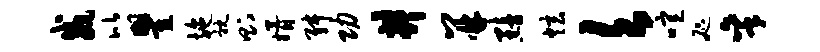
威比瞿施耽则婿舛功井并黯炫欠喧咫秉